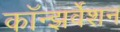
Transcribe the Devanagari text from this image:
कॉन्झर्वेशन